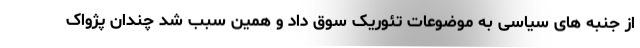
از جنبه های سیاسی به موضوعات تئوریک سوق داد و همین سبب شد چندان پژواک